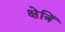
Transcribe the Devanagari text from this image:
क्षेत्रिं